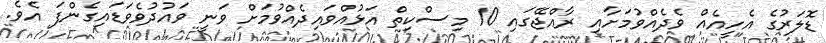
ޑޮލަރުގެ އެހީއެއް ވެދެއްވުމަށާއި ރާއްޖޭގައި 10 މިސްކިތް އަޅުއްވައިދެއްވުމަށް ވަނީ ވައުދުވެވަޑައިގެންފަ އެވެ.